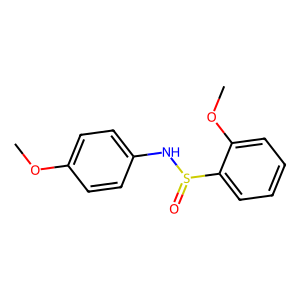
SMILES: COc1ccc(NS(=O)c2ccccc2OC)cc1
Inhibits HIV replication: No